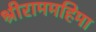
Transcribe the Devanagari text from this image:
श्रीराममहिमा